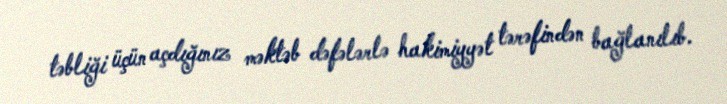
təbliği üçün açdığınız məktəb dəfələrlə hakimiyyət tərəfindən bağlanılıb.